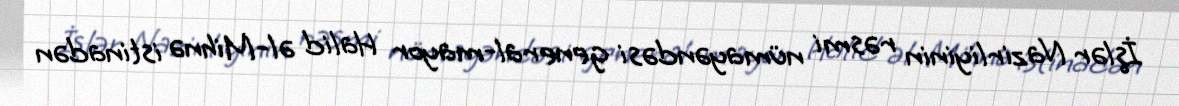
İşlər Nazirliyinin rəsmi nümayəndəsi general-mayor Halid əl-Mihnə istinadən